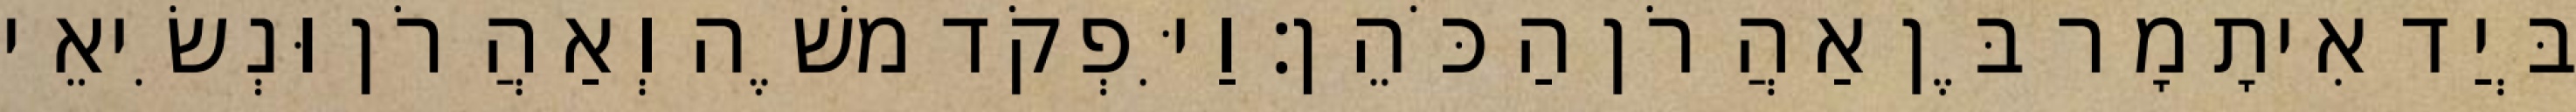
בְּיַד אִיתָמָר בֶּן אַהֲרֹן הַכֹּהֵן׃ וַיִּפְקֹד משֶׁה וְאַהֲרֹן וּנְשִׂיאֵי